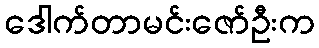
ဒေါက်တာမင်းဇော်ဦးက